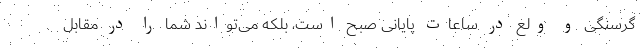
گرسنگی و ولع در ساعات پایانی صبح است، بلکه می‌تواند شما را در مقابل